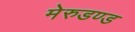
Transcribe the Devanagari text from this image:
मेरुडण्ड